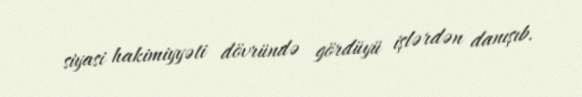
siyasi hakimiyyəti dövründə gördüyü işlərdən danışıb.